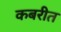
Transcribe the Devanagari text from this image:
कबरीत